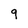
Character: 9